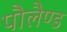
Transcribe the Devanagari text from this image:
पौलैण्ड